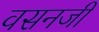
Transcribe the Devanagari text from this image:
वसनजी